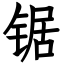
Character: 锯